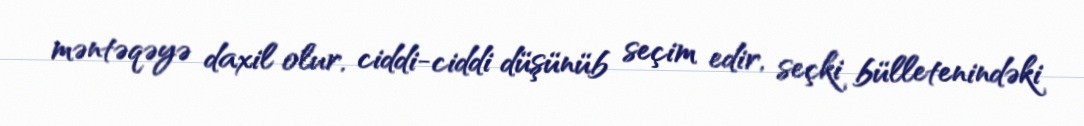
məntəqəyə daxil olur, ciddi-ciddi düşünüb seçim edir, seçki bülletenindəki